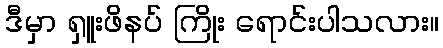
ဒီမှာ ရှူးဖိနပ် ကြိုး ရောင်းပါသလား။